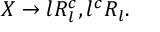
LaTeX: X \rightarrow l R _ { l } ^ { c } , l ^ { c } R _ { l } .